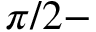
\pi / 2 -